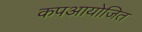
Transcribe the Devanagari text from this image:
कपआयोजित